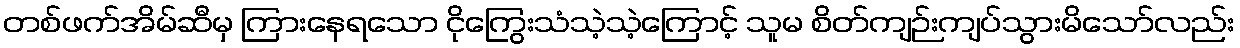
တစ်ဖက်အိမ်ဆီမှ ကြားနေရသော ငိုကြွေးသံသဲ့သဲ့ကြောင့် သူမ စိတ်ကျဉ်းကျပ်သွားမိသော်လည်း